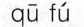
qū fú